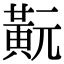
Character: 𪎹